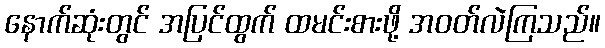
နောက်ဆုံးတွင် အပြင်ထွက် ထမင်းစားဖို့ အဝတ်လဲကြသည်။